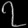
Digit: ၇